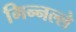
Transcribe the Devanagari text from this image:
मिन्नल्ले